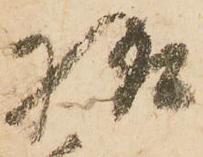
様